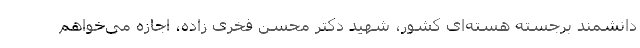
دانشمند برجسته هسته‌ای کشور، شهید دکتر محسن فخری زاده، اجازه می‌خواهم